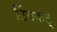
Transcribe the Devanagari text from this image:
टिंबकट्